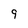
Character: 9